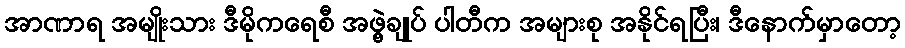
အာဏာရ အမျိုးသား ဒီမိုကရေစီ အဖွဲ့ချုပ် ပါတီက အများစု အနိုင်ရပြီး၊ ဒီနောက်မှာတော့